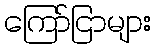
ကြော်ငြာများ